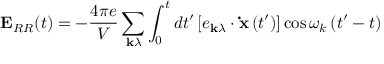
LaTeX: \mathbf { E } _ { R R } ( t ) = - { \frac { 4 \pi e } { V } } \sum _ { \mathbf { k } \lambda } \int _ { 0 } ^ { t } d t ^ { \prime } \left[ e _ { \mathbf { k } \lambda } \cdot \mathbf { \dot { x } } \left( t ^ { \prime } \right) \right] \cos \omega _ { k } \left( t ^ { \prime } - t \right)